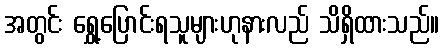
အတွင်း ရွှေ့ပြောင်းရသူများဟုနားလည် သိရှိထားသည်။